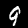
Digit: 9